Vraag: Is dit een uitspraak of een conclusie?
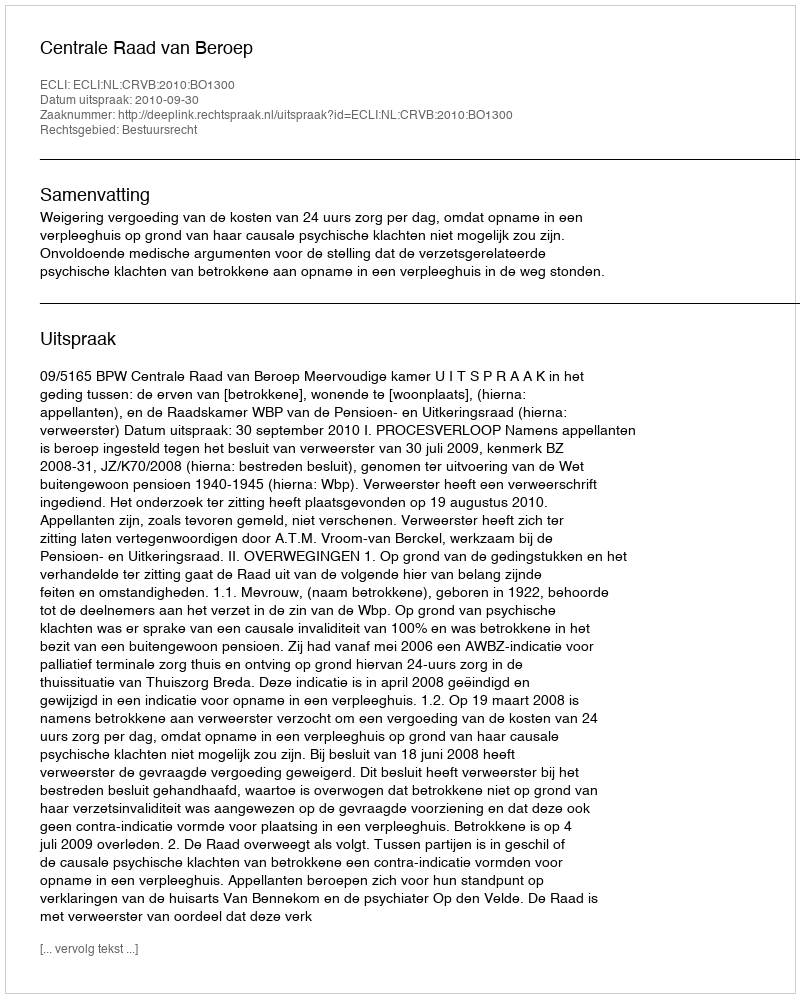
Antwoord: Uitspraak